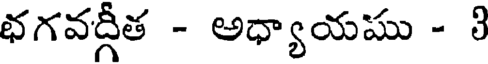
భగవద్గీత - అధ్యాయము - 3